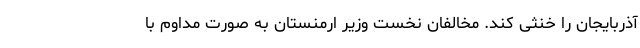
آذربایجان را خنثی کند. مخالفان نخست وزیر ارمنستان به صورت مداوم با